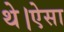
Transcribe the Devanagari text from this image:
थे।ऐसा